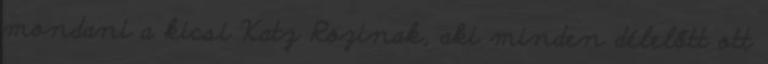
mondani a kicsi Katz Rozinak, aki minden délelőtt ott